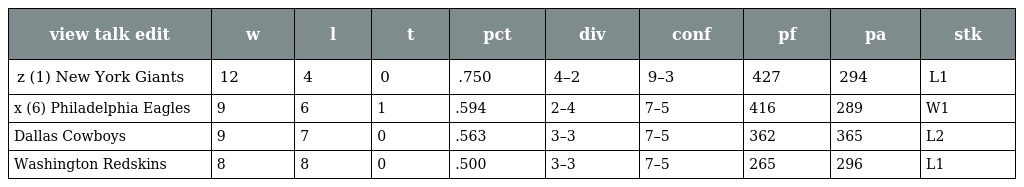
| view talk edit | w | l | t | pct | div | conf | pf | pa | stk |
 | --- | --- | --- | --- | --- | --- | --- | --- | --- | --- |
 | z (1) New York Giants | 12 | 4 | 0 | .750 | 4–2 | 9–3 | 427 | 294 | L1 |
 | x (6) Philadelphia Eagles | 9 | 6 | 1 | .594 | 2–4 | 7–5 | 416 | 289 | W1 |
 | Dallas Cowboys | 9 | 7 | 0 | .563 | 3–3 | 7–5 | 362 | 365 | L2 |
 | Washington Redskins | 8 | 8 | 0 | .500 | 3–3 | 7–5 | 265 | 296 | L1 |